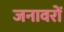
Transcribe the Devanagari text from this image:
जनावरों